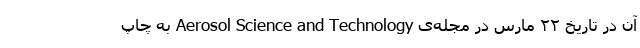
آن در تاریخ ۲۲ مارس در مجله‌ی Aerosol Science and Technology به چاپ